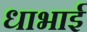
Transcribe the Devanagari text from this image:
धाभाई